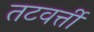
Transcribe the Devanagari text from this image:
तटवर्त्ती